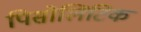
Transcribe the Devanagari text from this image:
पिसोलिटिक